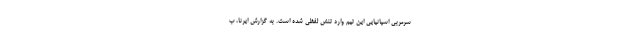
سرمربی اسپانیایی این تیم وارد تنش لفظی شده است. به گزارش ایرنا، ب